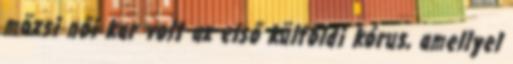
mözsi női kar volt az első külföldi kórus, amellyel